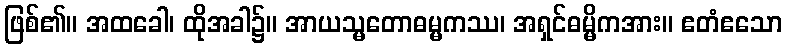
ဖြစ်၏။ အထခေါ၊ ထိုအခါ၌။ အာယသ္မတောဓမ္မကဿ၊ အရှင်ဓမ္မိကအား။ ဧတံဧသော